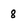
Character: 8